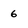
Character: 6